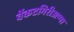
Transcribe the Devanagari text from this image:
वेंकटगिरीअप्पा